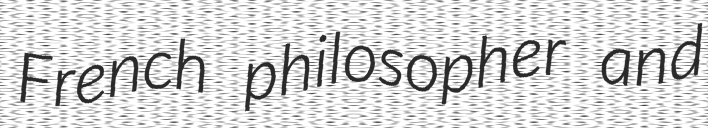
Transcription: French philosopher and